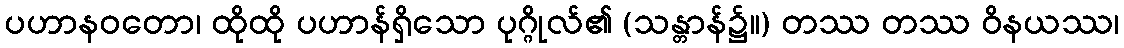
ပဟာနဝတော၊ ထိုထို ပဟာန်ရှိသော ပုဂ္ဂိုလ်၏ (သန္တာန်၌။) တဿ တဿ ဝိနယဿ၊